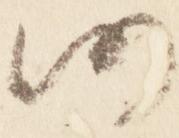
仍